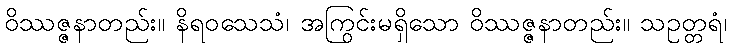
ဝိဿဇ္ဇနာတည်း။ နိရဝသေသံ၊ အကြွင်းမရှိသော ဝိဿဇ္ဇနာတည်း။ သဥတ္တရံ၊